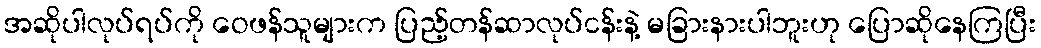
အဆိုပါလုပ်ရပ်ကို ဝေဖန်သူများက ပြည့်တန်ဆာလုပ်ငန်းနဲ့ မခြားနားပါဘူးဟု ပြောဆိုနေကြပြီး